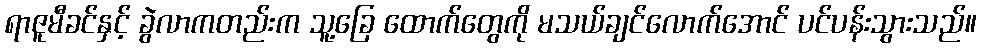
ရာဇူမီခင်နှင့် ခွဲလာကတည်းက သူ့ခြေ ထောက်တွေကို မသယ်ချင်လောက်အောင် ပင်ပန်းသွားသည်။